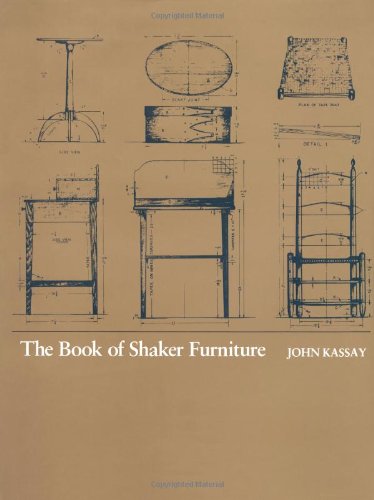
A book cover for The Book of Shaker Furniture; John Kassay; Crafts, Hobbies & Home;